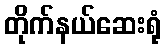
တိုက်နယ်ဆေးရုံ